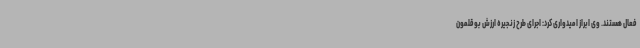
فعال هستند. وی ابراز امیدواری کرد: اجرای طرح زنجیره ارزش بوقلمون